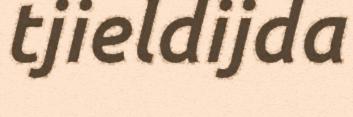
tjieldijda